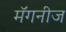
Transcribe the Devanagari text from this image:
मॅगनीज